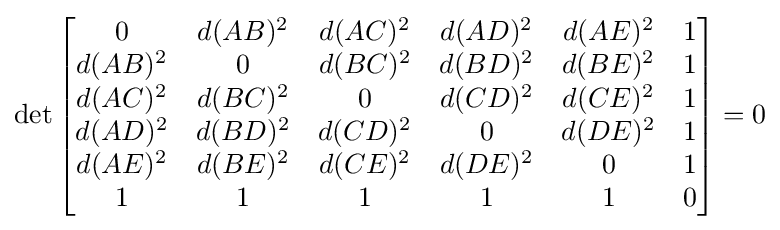
\det {\begin{bmatrix}0&d(AB)^{2}&d(AC)^{2}&d(AD)^{2}&d(AE)^{2}&1\\d(AB)^{2}&0&d(BC)^{2}&d(BD)^{2}&d(BE)^{2}&1\\d(AC)^{2}&d(BC)^{2}&0&d(CD)^{2}&d(CE)^{2}&1\\d(AD)^{2}&d(BD)^{2}&d(CD)^{2}&0&d(DE)^{2}&1\\d(AE)^{2}&d(BE)^{2}&d(CE)^{2}&d(DE)^{2}&0&1\\1&1&1&1&1&0\end{bmatrix}}=0